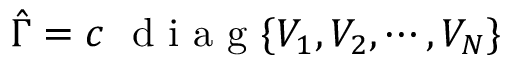
\hat { \Gamma } = c ~ \mathrm { ~ d ~ i ~ a ~ g ~ } \{ V _ { 1 } , V _ { 2 } , \cdots , V _ { N } \}